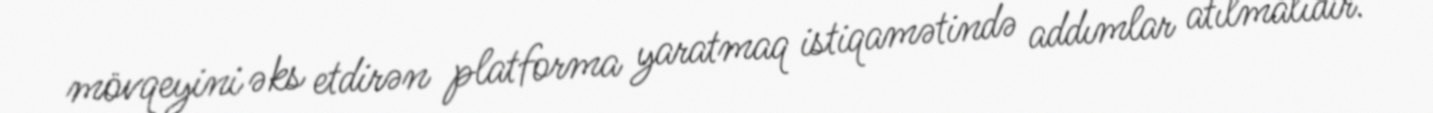
mövqeyini əks etdirən platforma yaratmaq istiqamətində addımlar atılmalıdır.